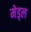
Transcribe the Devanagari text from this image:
मेड्ल